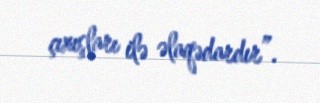
çıxışları ilə əlaqədardır”.